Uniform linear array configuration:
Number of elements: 48
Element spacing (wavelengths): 0.25
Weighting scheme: exponential
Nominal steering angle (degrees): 60
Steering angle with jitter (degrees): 59.56
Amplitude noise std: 0.05
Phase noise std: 0.05

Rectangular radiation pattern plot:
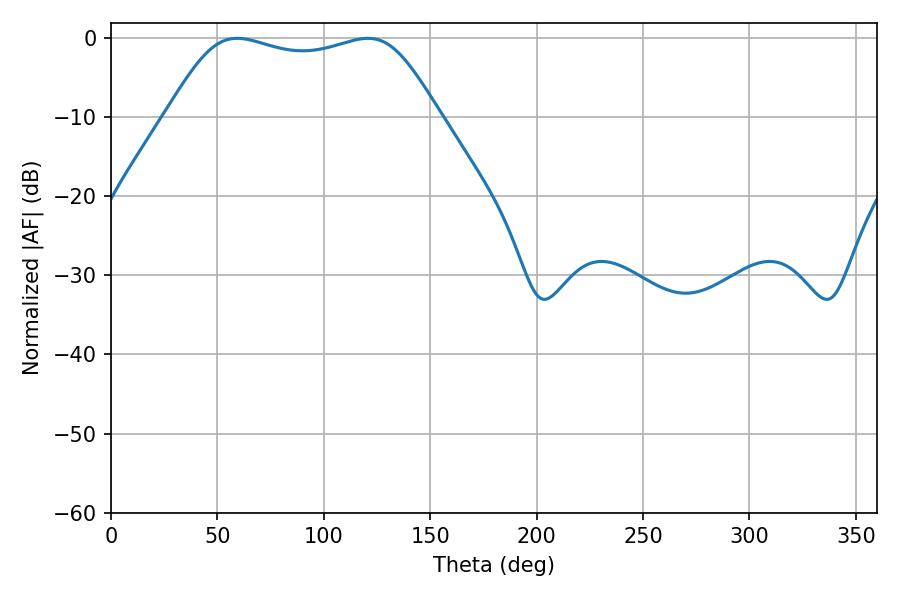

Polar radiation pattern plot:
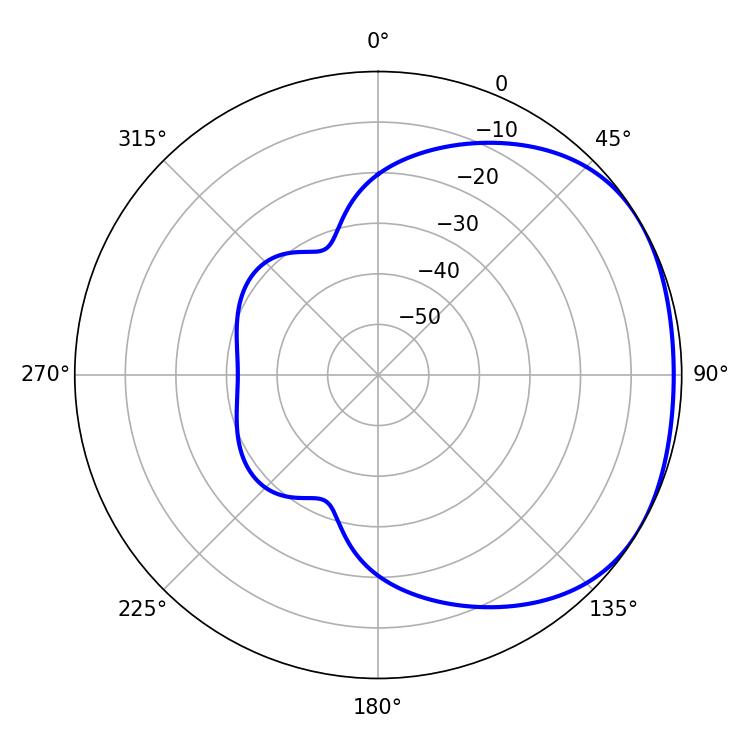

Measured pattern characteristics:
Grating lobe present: FALSE
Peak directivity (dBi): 1.738
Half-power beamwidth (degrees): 97.92
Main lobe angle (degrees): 120.78